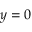
y = 0